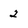
Character: 2